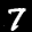
Label: 7